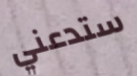
ستدعني